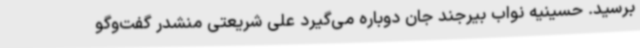
برسید. حسینیه نواب بیرجند جان دوباره می‌گیرد علی شریعتی منشدر گفت‌وگو